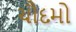
ચૌદમો